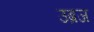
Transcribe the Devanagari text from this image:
उब्रज